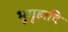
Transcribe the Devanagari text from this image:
भूगृहादि